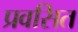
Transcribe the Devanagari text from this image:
प्रवसित